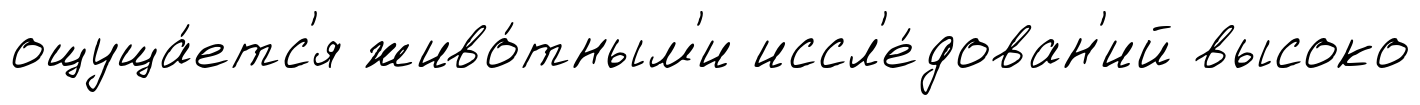
ощуща́етс'я живо́тным'и иссл'е́дован'ий высоко